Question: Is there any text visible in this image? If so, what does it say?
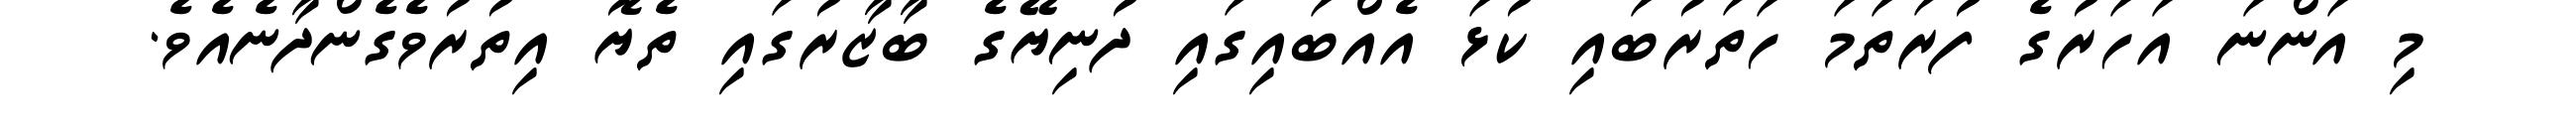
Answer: މި އަންނަ އަހަރުގެ ފުރަތަމަ ހަތަރުބައި ކުޅަ އެއްބައިގައި ދުނިޔޭގެ ބާޒާރުގައި ތެޔޮ އިތުރުވެގެންދާނެއެވެ.